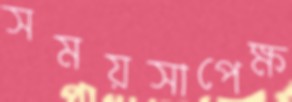
সময়সাপেক্ষ